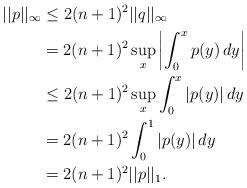
\begin{align*}||p||_\infty&\leq 2(n+1)^2||q||_\infty\\&=2(n+1)^2\sup_x \left|\int_0^x p(y)\,dy\right|\\&\leq 2(n+1)^2\sup_x \int_0^x |p(y)|\,dy\\&= 2(n+1)^2\int_0^1 |p(y)|\,dy\\&= 2(n+1)^2||p||_1.\\ \end{align*}